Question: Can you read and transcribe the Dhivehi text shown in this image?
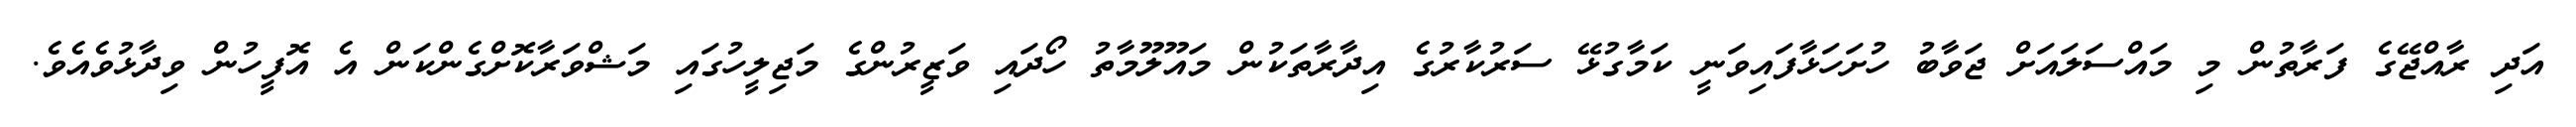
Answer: އަދި ރާއްޖޭގެ ފަރާތުން މި މައްސަލައަށް ޖަވާބު ހުށަހަޅާފައިވަނީ ކަމާގުޅޭ ސަރުކާރުގެ އިދާރާތަކުން މައޫލޫމާތު ހޯދައި ވަޒީރުންގެ މަޖިލީހުގައި މަޝްވަރާކޮށްގެންކަން އެ އޮފީހުން ވިދާޅުވެއެވެ.